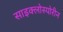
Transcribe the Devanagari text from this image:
साइक्लोस्पोरीन